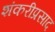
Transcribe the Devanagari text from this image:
शंकरीप्रसाद